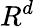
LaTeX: R^{d}